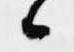
候